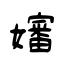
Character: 嬸